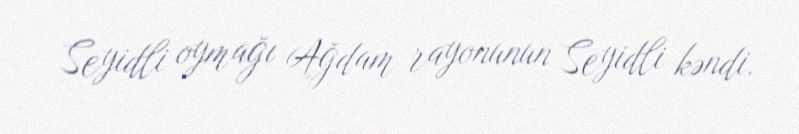
Seyidli oymağı Ağdam rayonunun Seyidli kəndi.